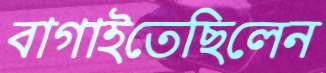
বাগাইতেছিলেন